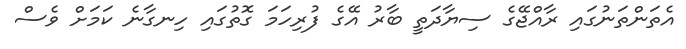
އެތަންތަނުގައި ރާއްޖޭގެ ސިޔާދަތީ ބާރު އޭގެ ފުރިހަަމަ ގޮތުގައި ހިނގާނެ ކަމަށް ވެސް